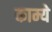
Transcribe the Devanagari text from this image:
काम्ये